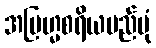
အဗြဟ္မစရိယမည်ပုံ